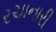
રચાનારી